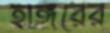
হাঙ্গরের